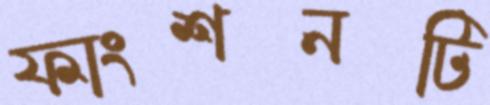
ফাংশনটি